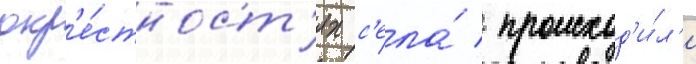
окр'е́стност'ях с'ела́ / происход'и́л'и